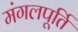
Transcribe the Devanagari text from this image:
मंगलपूर्ति